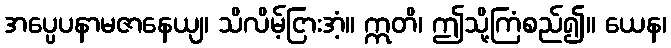
အပ္ပေပနာမဇာနေယျ၊ သိလိမ့်ငြားအံ့။ ဣတိ၊ ဤသို့ကြံစည်၍။ ယေန၊